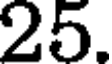
25.